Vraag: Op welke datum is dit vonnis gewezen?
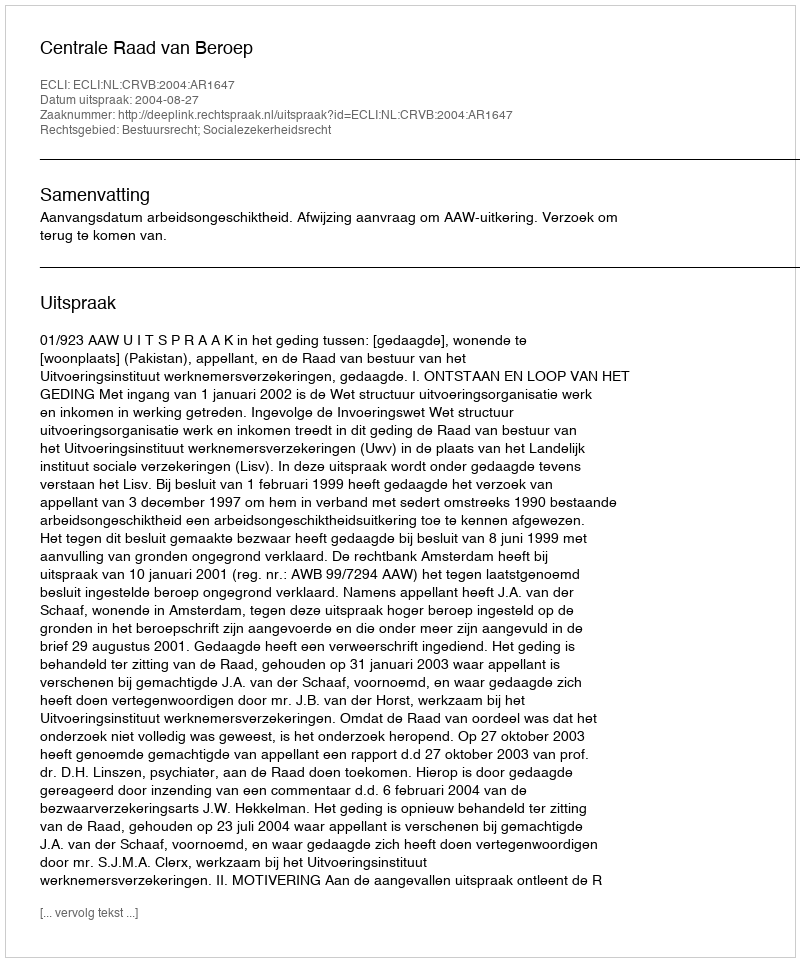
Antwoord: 2004-08-27